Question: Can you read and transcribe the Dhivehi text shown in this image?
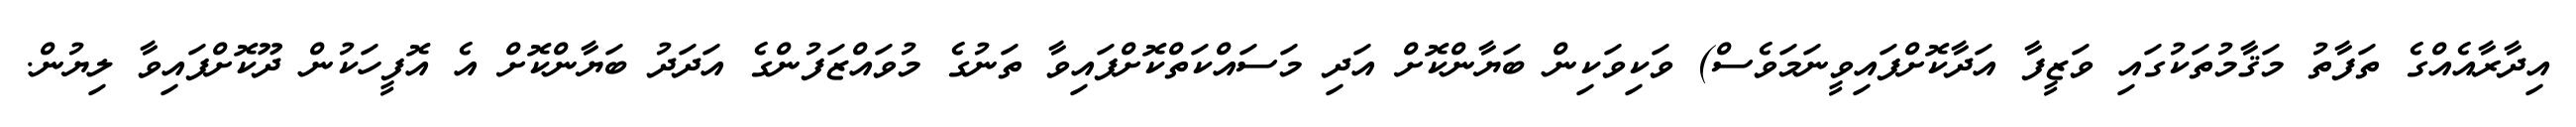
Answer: އިދާރާއެއްގެ ތަފާތު މަޤާމުތަކުގައި ވަޒީފާ އަދާކޮށްފައިވީނަމަވެސް) ވަކިވަކިން ބަޔާންކޮށް އަދި މަސައްކަތްކޮށްފައިވާ ތަނުގެ މުވައްޒަފުންގެ އަދަދު ބަޔާންކޮށް އެ އޮފީހަކުން ދޫކޮށްފައިވާ ލިޔުން.